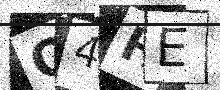
Text: Q4HE